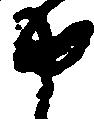
申